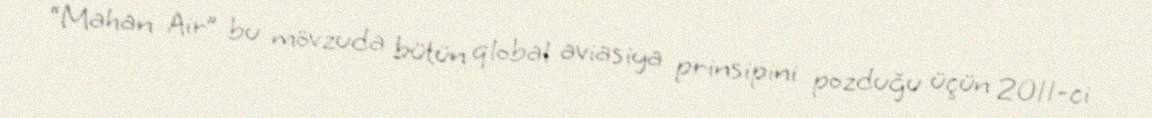
“Mahan Air” bu mövzuda bütün qlobal aviasiya prinsipini pozduğu üçün 2011-ci